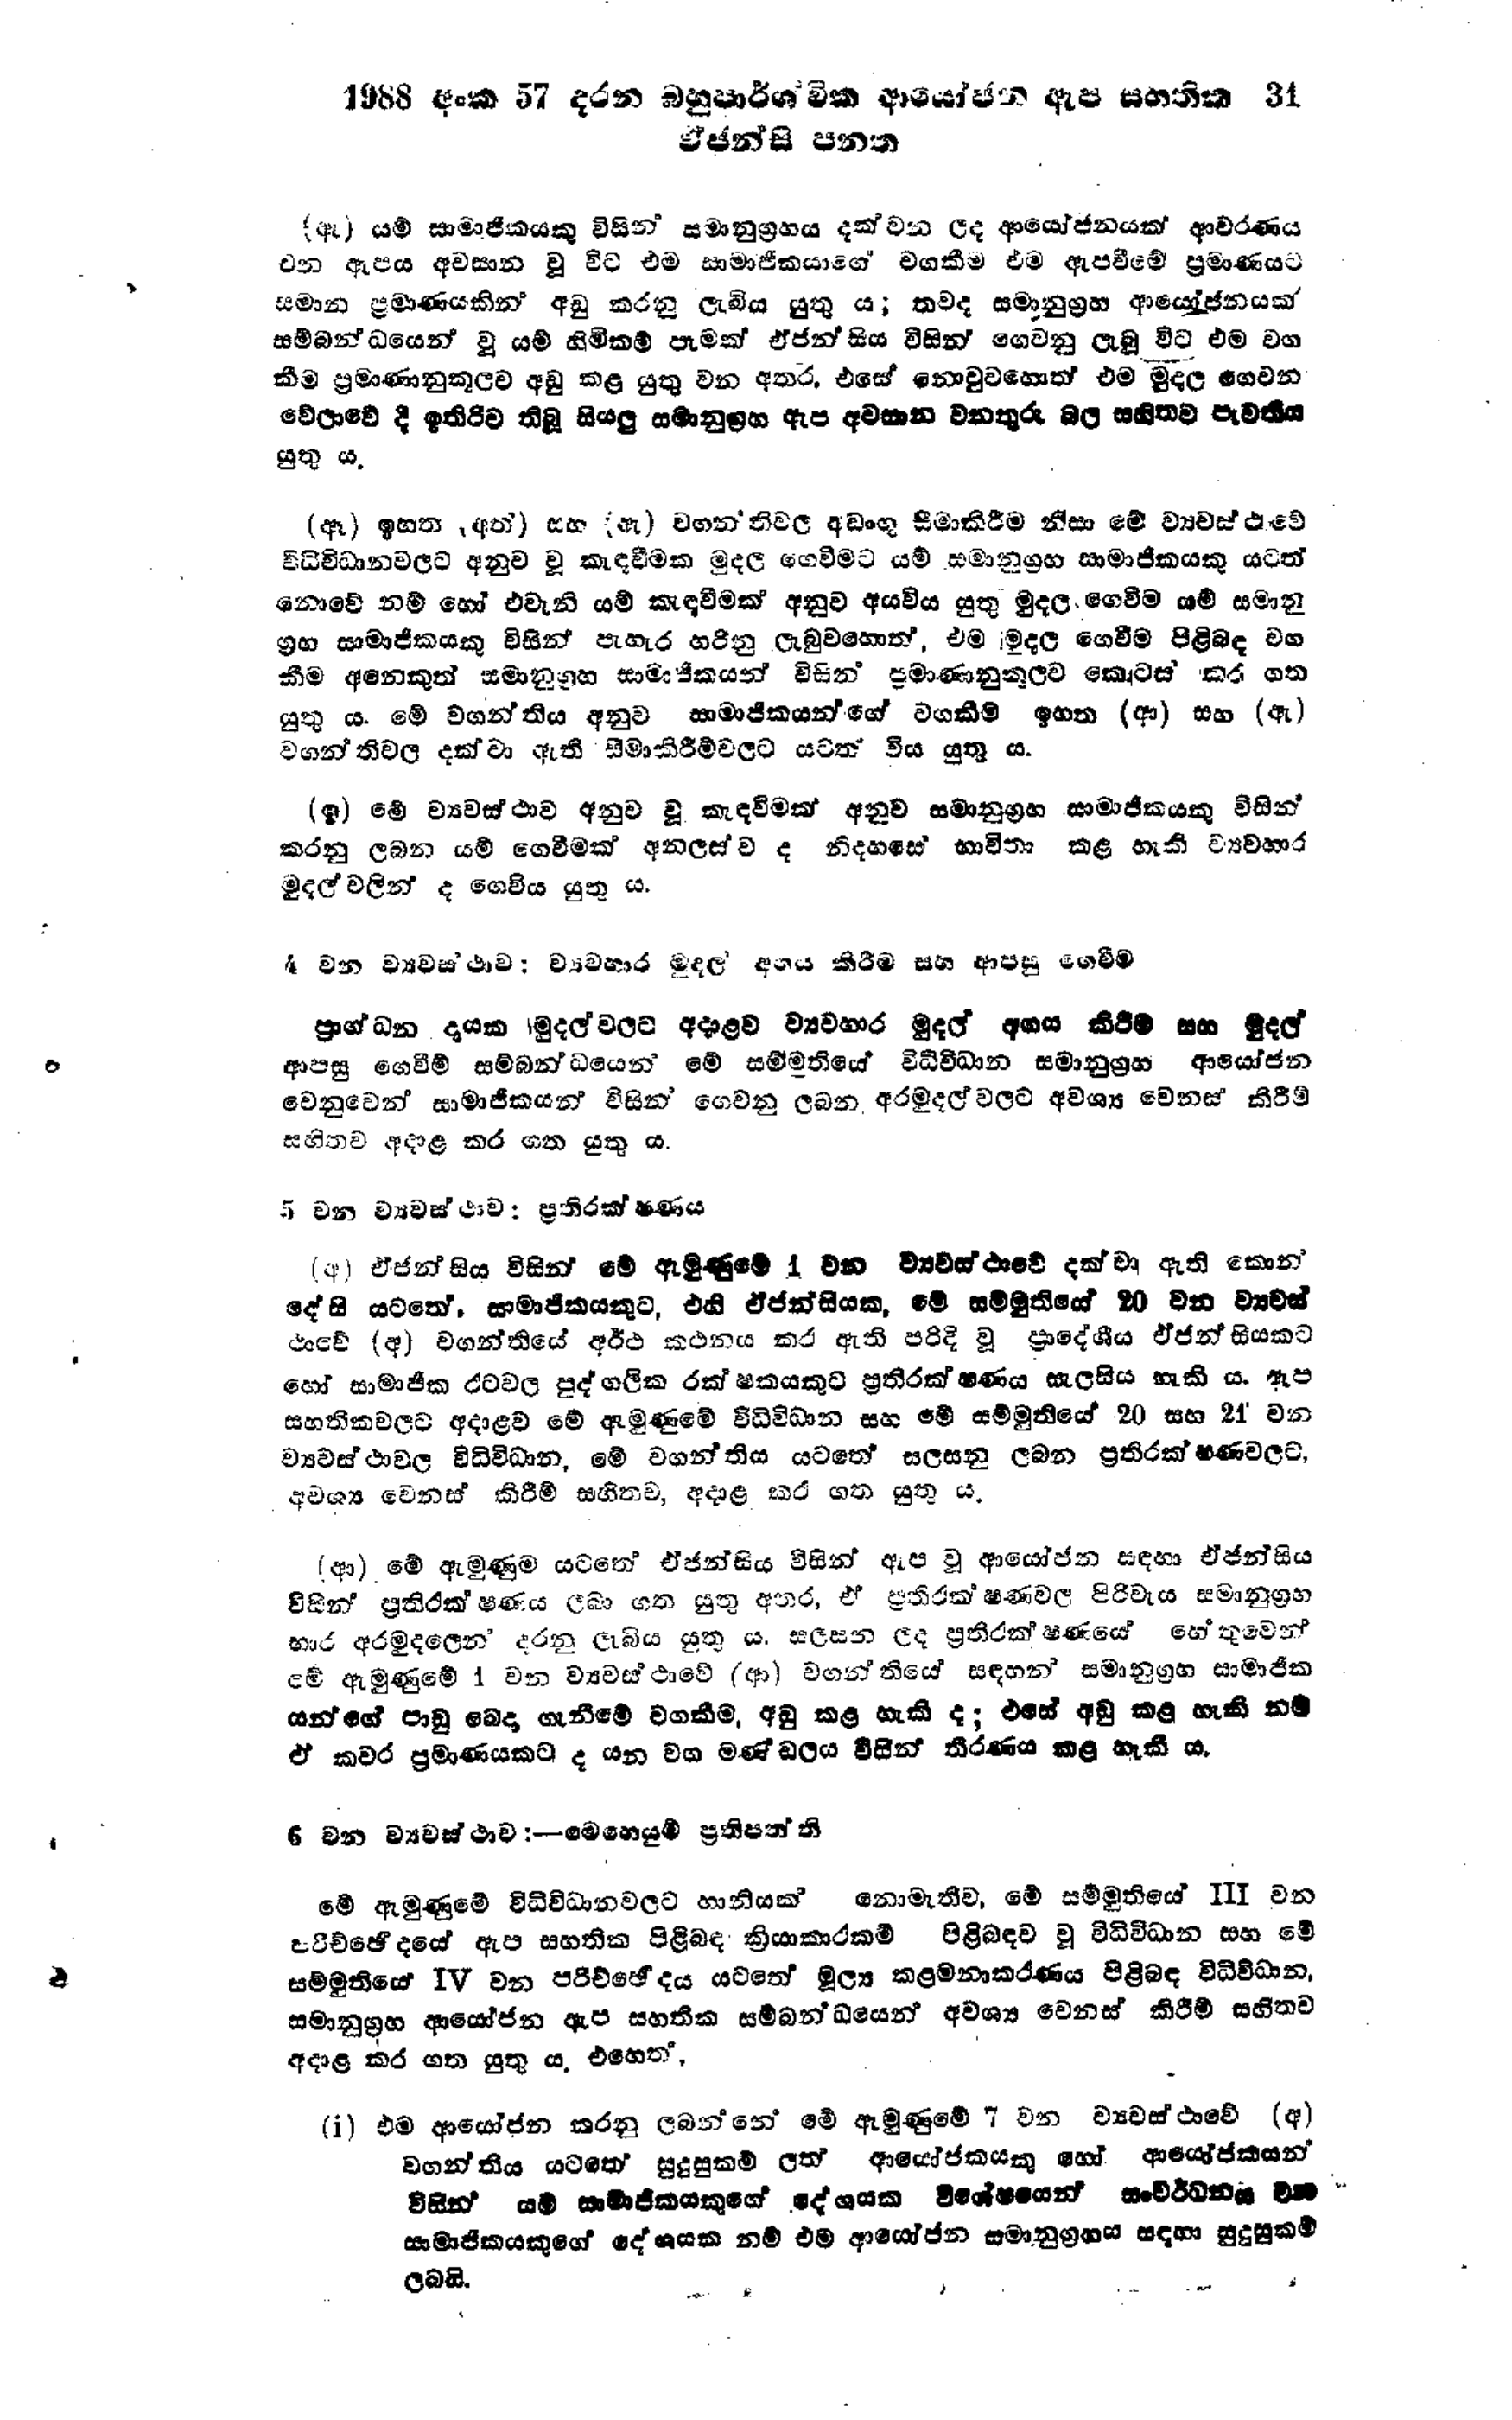
1988 අංක 57 දරන බහුපාර්ශ්චික ආයෝජන ඇප සහතික 31
ඒජන්සි පනත

(ඇ) යම් සාමාජිකයෙකු විසින් සමානුග්‍රහය දක්වන ලද ආයෝජනයක් ආවරණය
වන ඇපය අවසාන වූ විට එම සාමාජිකයාගේ වගකීම එම ඇපවීමේ ප්‍රමාණයට
සමාන ප්‍රමාණයකින් අඩු කරනු ලැබිය යුතු ය; තවද සමානුග්‍රහ ආයෝජනයක්
සම්බන්ධයෙන් වූ යම් හිමිකම් පෑමක් ඒජන්සිය විසින් ගෙවනු ලැබූ විට එම වග
කීම ප්‍රමාණානුකූලව අඩු කල යුතු වන අතර, එසේ නොවුවහොත් එම මුදල ගෙවන
වේලාවේ දී ඉතිරිව තිබූ සියලු සමානුග්‍රහ ඇප අවසාන වනතුරු බල සහිතව පැවතිය
යුතු ය.

(ඈ) ඉහත (අත්) සහ (ඇ) වගන්තිවල අඩංගු සීමාකිරීම නිසා මේ ව්‍යවස්ථාවේ
විධිවිධානවලට අනුව වූ කැඳවීමක මුදල ගෙවීමට යම් සමානූග්‍රහ සාමාජිකයකු යටත්
නොවේ නම් හෝ එවැනි යම් කැඳවීමක් අනුව අයවිය යුතු මුදල ගෙවීම යම් සමානු
ග්‍රහ සාමාජිකයකු විසින් පැහැර හරිනු ලැබුවහොත්, එම මුදල ගෙවීම පිළිබඳ වහ
කීම අනෙකුත් සමානුග්‍රහ සාමාජිකයන් විසින් ප්‍රමාණානුකූලව කොටස් කර ගත
යුතු ය. මේ වගන්තිය අනුව සාමාජිකයන්ගේ වගකීම් ඉහත (ආ) සහ (ඇ)
වගන්තිවල දක්වා ඇති සීමාකිරීම්වලට යටත් විය යුතු ය.

(ඉ) මේ ව්‍යවස්ථාව අනුව වූ කැඳවීමක් අනුව සමානුග්‍රහ සාමාජිකයකු විසින්
කරනු ලබන යම් ගෙවීමක් අනලස්ව ද නිදහසේ භාවිතා කළ හැකි ව්‍යවහාර
මුදල් වලින් ද ගෙවිය යුතු ය.

4 වන ව්‍යවස්ථාව ; ව්‍යවහාර මුදල අගය කිරීම සහ ආපසු ගෙවීම

ප්‍රාග්ධන දායක මුදල් වලට අදාළව ව්‍යවහාර මුදල් අගය කිරීම සහ මුදල්
ආපසු ගෙවීම් සම්බන්ධයෙන් මේ සම්මුතියේ විධිවිධාන සමානුග්‍රහ ආයෝජන
වෙනුවෙන් සාමාජිකයන් විසින් ගෙවනු ලබන අරමුදල් වලට අවශ්‍ය වෙනස් කිරීම්
සහිතව අදාළ කර ගත යුතු ය.

5 වන ව්‍යවස්ථාව: ප්‍රතිරක්ෂණය

(අ) ඒජන්සිය විසින් මේ ඇමුණුමේ 1 වන ව්‍යවස්ථාවේ දක්වා ඇති කොන්
දේසි යටතේ, සාමාජිකයකුට, එහි ඒජන්සියක, මේ සම්මුතියේ 20 වන ව්‍යවස්
ථාවේ (අ) වගන්තියේ අර්ථ කථනය කර ඇති පරිදි වූ ප්‍රාදේශීය ඒජන්සියකට
හෝ සාමාජික රටවල පුද්ගලික රක්ෂකයකුට ප්‍රතිරක්ෂණය සැලසිය හැකි ය. ඇප
සහතිකවලට අදාළව මේ ඇමුණුමේ විධිවිධාන සහ මේ සම්මුතියේ 20 සහ 21 වන
ව්‍යවස්ථාවල විධිවිධාන, මේ වගන්තිය යටතේ සලසනු ලබන ප්‍රතිරක්ෂණවලට,
අවශ්‍ය වෙනස් කිරීම් සහිතව, අදාළ කර ගත යුතු ය.

(ආ) මේ ඇමුණුම යටතේ ඒජන්සිය විසින් ඇප වූ ආයෝජන සඳහා ඒජන්සිය
විසින් ප්‍රතිරක්ෂණය ලබා ගත යුතු අතර, ඒ ප්‍රතිරක්ෂණ වල පිරිවැය සමානුග්‍රහ
භාර අරමුදලෙන් දරනු ලැබිය යුතු ය. සලසන ලද ප්‍රතිරක්ෂණයේ හේතුවෙන්
මේ ඇමුණුමේ 4 වන ව්‍යවස්ථාවේ (ආ) වගන්තියේ සඳහන් සමානුග්‍රහ සාමාජික
යන්ගේ පාඩු බෙදා ගැනීමේ වගකීම, අඩු කළ හැකි ද; එසේ අඩු කළ හැකි නම්
ඒ කවර ප්‍රමාණයකට ද යන වග මණ්ඩලය විසින් තීරණය කළ හැකි ය.

6 වන ව්‍යවස්ථාව :- මෙහෙයුම් ප්‍රතිපත්ති

මේ ඇමුණුමේ විධිවිධානවලට හානියක් නොමැතිව, මේ සම්මුතියේ Ⅲ වන
පරිච්ඡෙදයේ ඇප සහතික පිළිබඳ ක්‍රියාකාරකම් පිළිබඳව වූ විධිවිධාන සහ මේ
සම්මුතියෙ IV වන පරිච්ඡේදය යටතේ මුල්‍ය කළමනාකරණය පිළිබඳ විධිවිධාන,
සමානුග්‍රහ ආයෝජන ඇප සහතික සම්බන්ධයෙන් අවශ්‍ය වෙනස් කිරීම් සහිතව
අදාළ කර ගත යුතු ය, එහෙත්,

(i) එම ආයෝජන කරනු ලබන්නේ මේ ඇමුණුමේ 7 වන ව්‍යවස්ථාවේ (අ)
වගන්තිය යටතේ සුදුසුකම් ලත් ආයෝජකයෙකු හෝ ආයෝජකයන්
විසින් යම් සාමාජිකයකුගේ දේශයක විශේෂයෙන් සංවර්ධනය වන
සාමාජිකයකුගේ දේශයක නම් එම ආයෝජන සමානුග්‍රහය සඳහා සුදුසුකම්
ලබයි.